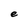
Character: e